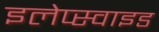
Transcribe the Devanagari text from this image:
इलेप्स्वाइड